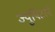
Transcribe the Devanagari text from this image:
ज्युपिटरने